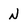
Character: N